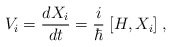
\begin{align*} V_i = \frac{d X_i}{d t} = \frac{i}{\hbar} \; {[} H, X_i {]} \; ,\end{align*}